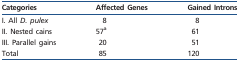
<table><thead><tr><td><b>Categories</b></td><td><b>Affected Genes</b></td><td><b>Gained Introns</b></td></tr></thead><tbody><tr><td>I. All <i>D. pulex</i></td><td>8</td><td>8</td></tr><tr><td>II. Nested cains</td><td>57<sup>a</sup></td><td>61</td></tr><tr><td>III. Parallel gains</td><td>20</td><td>51</td></tr><tr><td>Total</td><td>85</td><td>120</td></tr></tbody></table>